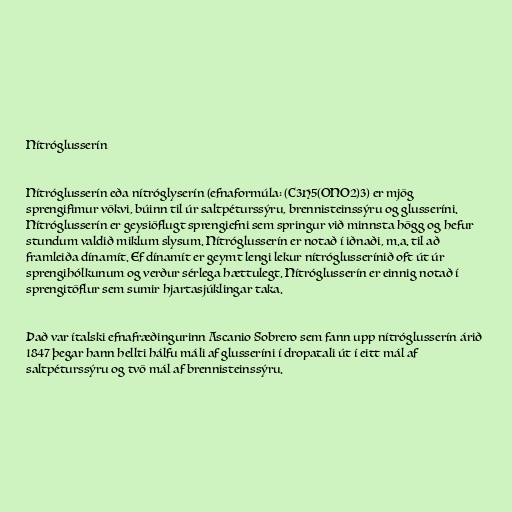
Nítróglusserín

Nítróglusserín eða nítróglyserín (efnaformúla: (C3H5(ONO2)3) er mjög
sprengifimur vökvi, búinn til úr saltpéturssýru, brennisteinssýru og glusseríni.
Nítróglusserín er geysiöflugt sprengiefni sem springur við minnsta högg og hefur
stundum valdið miklum slysum. Nítróglusserín er notað í iðnaði, m.a. til að
framleiða dínamít. Ef dínamít er geymt lengi lekur nítróglusserínið oft út úr
sprengihólkunum og verður sérlega hættulegt. Nítróglusserín er einnig notað í
sprengitöflur sem sumir hjartasjúklingar taka.

Það var ítalski efnafræðingurinn Ascanio Sobrero sem fann upp nítróglusserín árið
1847 þegar hann hellti hálfu máli af glusseríni í dropatali út í eitt mál af
saltpéturssýru og tvö mál af brennisteinssýru.